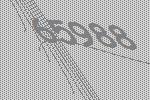
65988